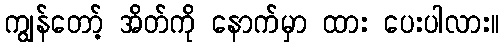
ကျွန်တော့် အိတ်ကို နောက်မှာ ထား ပေးပါလား။